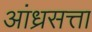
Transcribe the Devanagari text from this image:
आंध्रसत्ता